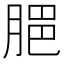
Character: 𦜧